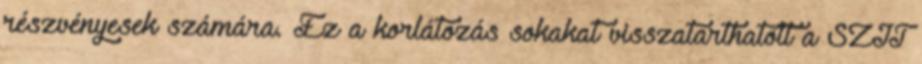
részvényesek számára. Ez a korlátozás sokakat visszatarthatott a SZIT